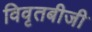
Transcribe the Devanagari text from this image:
विवृतबीजी